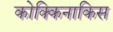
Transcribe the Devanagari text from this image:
कोक्किनाकिस